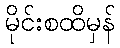
မိုင်းစထိမှန်